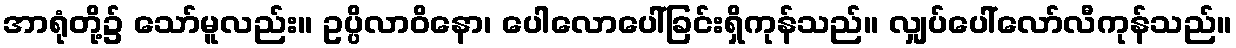
အာရုံတို့၌ သော်မူလည်း။ ဥပ္ပိလာဝိနော၊ ပေါလောပေါ်ခြင်းရှိကုန်သည်။ လျှပ်ပေါ်လော်လီကုန်သည်။